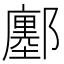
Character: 鄽